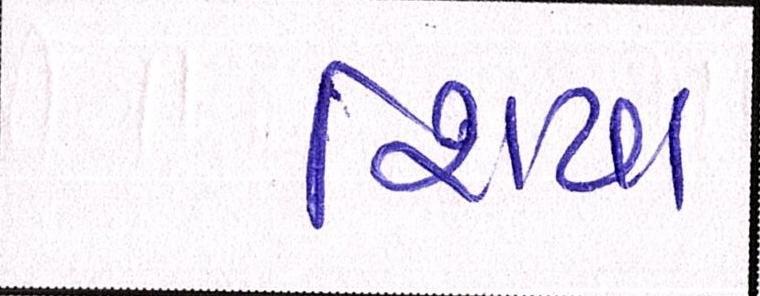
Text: શિયા